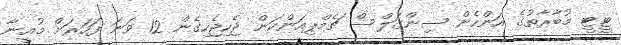
ޓީޓީ މުބާރާތުގެ އަންހެން ސިންގަލްސް ޗެމްޕިއަންކަން ޖެހިޖެހިގެން 12 ވަނަ ފަހަރަށް މުއީނާ